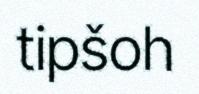
tipšoh